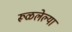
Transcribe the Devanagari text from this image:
रूळलेल्या